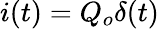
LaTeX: i(t)=Q_{o}\delta(t)